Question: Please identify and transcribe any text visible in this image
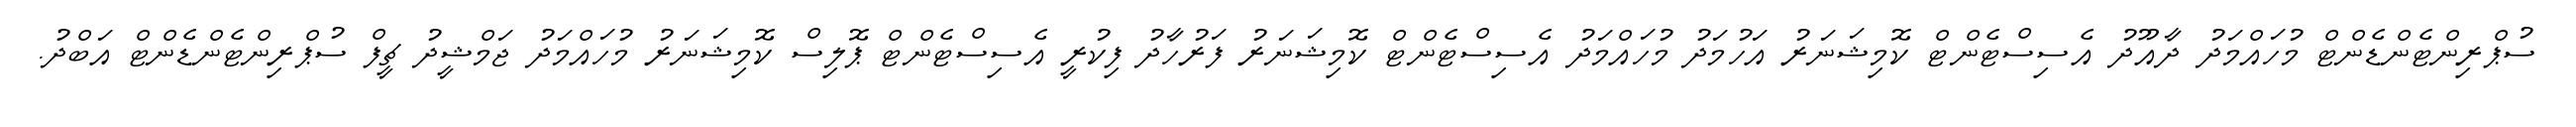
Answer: ސުޕްރިންޓެންޑެންޓް މުހައްމަދު ދާއޫދު އެސިސްޓެންޓް ކޮމިޝަނަރު އަހުމަދު މުހައްމަދު އެސިސްޓެންޓް ކޮމިޝަނަރު ފަރުހާދު ފިކުރީ އެސިސްޓެންޓް ޕޮލިސް ކޮމިޝަނަރު މުހައްމަދު ޖަމްޝީދު ޗީފް ސުޕްރިންޓެންޑެންޓް އަބްދު.